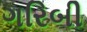
ગરિબી